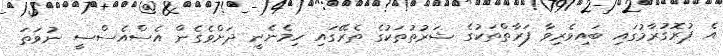
އެ ޕުރޮގުރާމުގައި ބައިވެރިވާ ފަރާތްތަކުގެ ޝަރުތުތަކުގެ ތެރޭގައި ހިމެނެނީ ދަށްވެގެން އެސްއެސްސީ ނުވަތަ